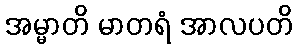
အမ္မာတိ မာတရံ အာလပတိ